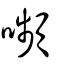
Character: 嚬